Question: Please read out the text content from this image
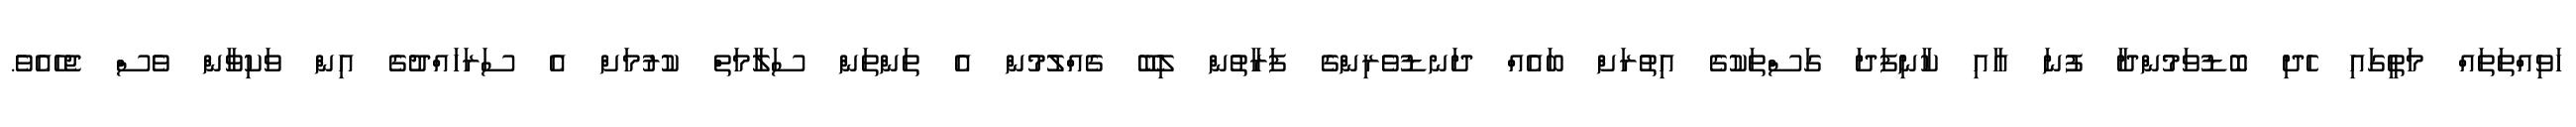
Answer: ހަވިއްތަތައް މަތީގައި ހެދި ބޮޑުވަމުންދާ ފުނަ އާއި ކާނިފަދަ ގަސްތަކުގެ އިތުރަށް ބައެއް ދަނޑުވެރިންގެ ފަރާތުން ލިބޭ ގެއްލުމުން އެ ތަންތަން ސަލާމަތް ކުރުމަށް އެ ސަރަހައްދުގެ އިން ވަކިވާން ވެސް ޖެހެއެވެ.